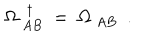
\Omega _ { ~ A B } ^ { ~ ~ \dagger } ~ = ~ \Omega _ { ~ A B } ~ ~ .